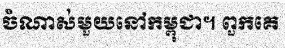
ចំណាស់មួយនៅកម្ពុជា។ ពួកគេ